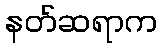
နတ်ဆရာက